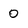
Character: 0